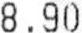
8.90